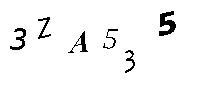
3ZA535